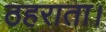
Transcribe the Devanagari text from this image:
ठहराता।